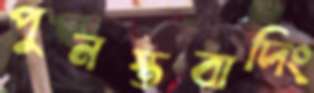
পুনস্তবাদিং